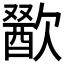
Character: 𣤕